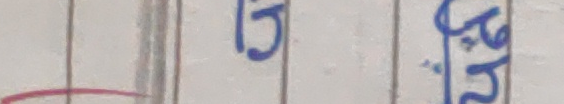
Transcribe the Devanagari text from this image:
१५ २६